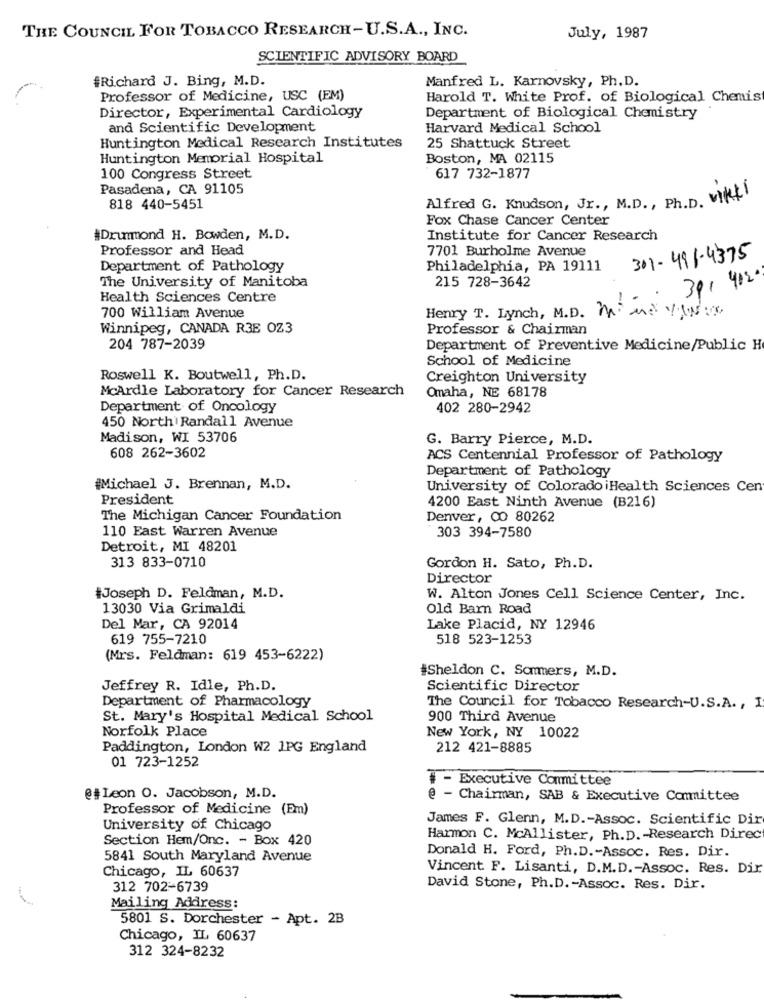
THE COUNCIL FOR TOBACCO RESEARCH-U.S.A ., INC.
July, 1987
SCIENTIFIC ADVISORY BOARD
#Richard J. Bing, M.D.
Manfred L. Karnovsky, Ph. D.
Professor of Medicine, USC (EM)
Harold T. White Prof. of Biological Chemis
Director, Experimental Cardiology
Department of Biological Chemistry
and Scientific Development
Harvard Medical School
Huntington Medical Research Institutes
25 Shattuck Street
Huntington Memorial Hospital
Boston, MA 02115
100 Congress Street
617 732-1877
Pasadena, CA 91105
Alfred G. Knudson, Jr ., M.D ., Ph.D. vikt)
818 440-5451
Fox Chase Cancer Center
#Drummond H. Bowden, M.D.
Institute for Cancer Research
Professor and Head
7701 Burholme Avenue
301-496-4375
Department of Pathology
Philadelphia, PA 19111
The University of Manitoba
215 728-3642
391 4020
Health Sciences Centre
Henry T. Lynch, M.D. mimoVar
700 William Avenue
Winnipeg, CANADA R38 OZ3
Professor & Chairman
204 787-2039
Department of Preventive Medicine/Public H
School of Medicine
Roswell K. Boutwell, Ph.D.
Creighton University
McArdle Laboratory for Cancer Research
Omaha, NE 68178
Department of Oncology
402 280-2942
450 North Randall Avenue
Madison, WI 53706
G. Barry Pierce, M.D.
608 262-3602
ACS Centennial Professor of Pathology
Department of Pathology
#Michael J. Brennan, M.D.
University of ColoradoiHealth Sciences Cen
President
4200 East Ninth Avenue (B216)
The Michigan Cancer Foundation
Denver, CO 80262
110 East Warren Avenue
303 394-7580
Detroit, MI 48201
313 833-0710
Gordon H. Sato, Ph.D.
Director
#Joseph D. Feldman, M.D.
W. Alton Jones Cell Science Center, Inc.
13030 Via Grimaldi
Old Barn Road
Del Mar, CA 92014
Lake Placid, NY 12946
619 755-7210
518 523-1253
(Mrs. Feldman: 619 453-6222)
#Sheldon C. Sommers, M.D.
Jeffrey R. Idle, Ph.D.
Scientific Director
Department of Pharmacology
The Council for Tobacco Research-U.S.A ., I
St. Mary's Hospital Medical School
900 Third Avenue
Norfolk Place
New York, NY 10022
Paddington, London W2 1PG England
212 421-8885
01 723-1252
# - Executive Committee
@#Leon O. Jacobson, M.D.
@ - Chairman, SAB & Executive Committee
Professor of Medicine (Em)
James F. Glenn, M.D .- Assoc. Scientific Dir
University of Chicago
Section Hem/Onc. - Box 420
Harmon C. McAllister, Ph.D. - Research Direc
5841 South Maryland Avenue
Donald H. Ford, Ph.D .- Assoc. Res. Dir.
Chicago, IL 60637
Vincent F. Lisanti, D.M.D .- Assoc. Res. Dir
312 702-6739
David Stone, Ph.D. - Assoc. Res. Dir.
Mailing Address:
5801 S. Dorchester - Apt. 2B
Chicago, IL 60637
312 324-8232